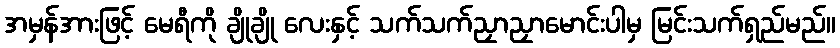
အမှန်အားဖြင့် မေရီကို ချိုချို လေးနှင့် သက်သက်ညှာညှာမောင်းပါမှ မြင်းသက်ရှည်မည်။